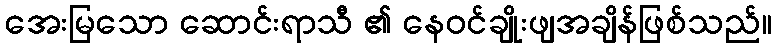
အေးမြသော ဆောင်းရာသီ ၏ နေဝင်ချိုးဖျအချိန်ဖြစ်သည်။